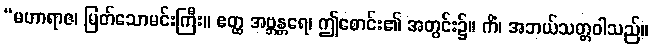
“မဟာရာဇ၊ မြတ်သောမင်းကြီး။ ဧတ္ထ အဗ္ဘန္တရေ၊ ဤစောင်း၏ အတွင်း၌။ ကိံ၊ အဘယ်သတ္တဝါသည်။